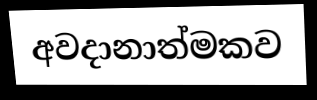
අවදානාත්මකව